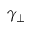
\gamma _ { \perp }